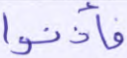
فأذنوا